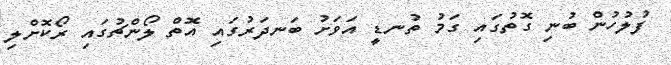
ފުލުހުން ބުނި ގޮތުގައި ގަމު ތުނޑީ އަވަށު ބަނދަރުގައި އޮތް ލޯންޗުގައި ރޯކޮށްލި